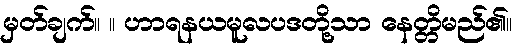
မှတ်ချက်။ ။ ဟာရနယမူလပဒတို့သာ နေတ္တိမည်၏။